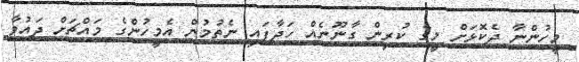
މީހުންނާ ދެކޮޅަށް މީގެ ކުރިން ގާނޫނެއް ހަދާފައި ނެތުމުން އެމީހުންގެ މައްޗަށް ދައުވާ